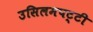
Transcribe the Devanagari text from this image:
उसिलमपट्टी